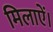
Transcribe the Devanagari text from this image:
मिलाऐं।